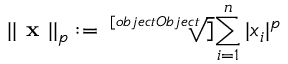
| | { \textbf { x } } | | _ { p } : = { \sqrt [ [object Object] ] { \sum _ { i = 1 } ^ { n } | x _ { i } | ^ { p } } }